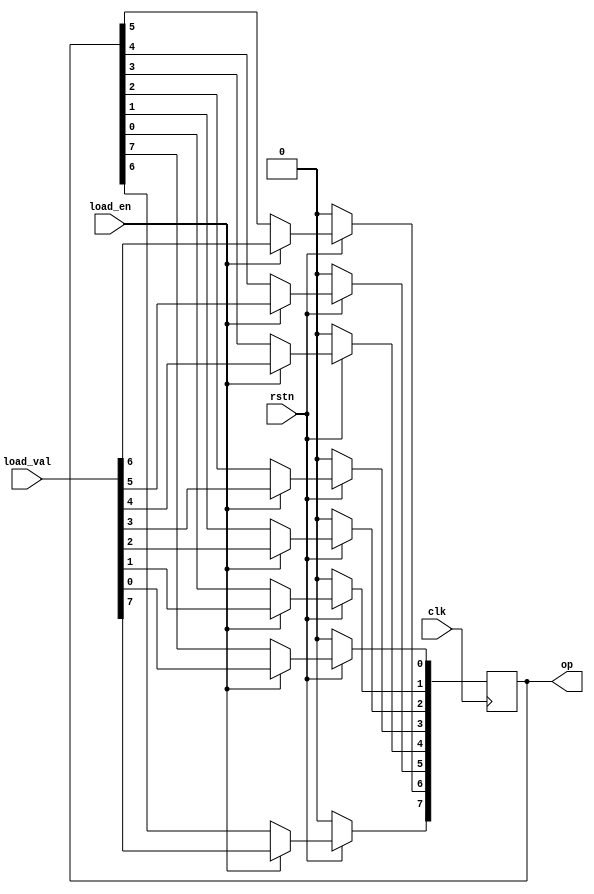
module lshift_reg_for(clk, rstn, load_val, load_en, op);

input clk, rstn, load_en;
input[7:0] load_val;
output reg[7:0] op;

reg temp;

integer i;

always@(posedge clk)
begin
	if (!rstn)
	begin
	   op<=0;
  end
	else
	begin
		if(load_en)
		begin
			op <= load_val;
		end
    else
     begin
        //temp=op[7];
        for(i=0;i<7;i++)
			  begin
				  op[i+1]<=op[i];
			  end
			  op[0]<=op[7];
    end
	end
end
endmodule